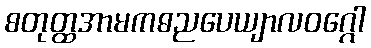
စတုတ္ထအာမကဓညပေယျာလဝဂ္ဂေါ